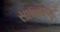
સાધા૨ણ